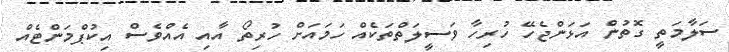
ސަލާމަތީ ގޮތުން އަޅަންޖެހޭ ހުރިހާ ވަސީލަތްތަކެއް ހަމައަށް ހުރިތޯ އާއި އެއްވެސް އިކުޕްމަންޓެއް